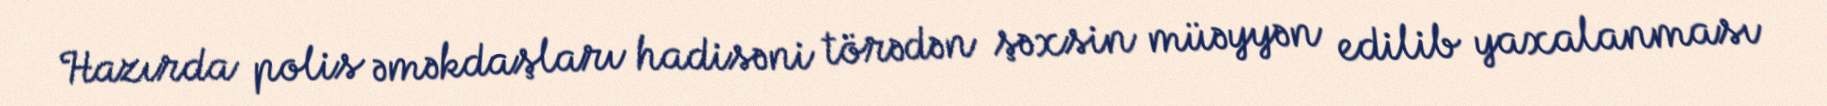
Hazırda polis əməkdaşları hadisəni törədən şəxsin müəyyən edilib yaxalanması